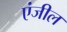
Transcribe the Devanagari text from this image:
एंजील